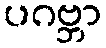
ပဂဗ္ဘာ